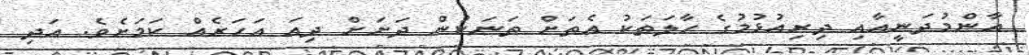
އާންމުދަނީއާއި ދިރިއުޅުމުގެ ހާލަތަކު އެތަށް ތަނަކުން ދަށަށް ދިއަ އަހަރެއް ކަމަށެވެ. އަދި